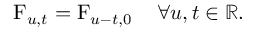
\operatorname { F } _ { u , t } = \operatorname { F } _ { u - t , 0 } \quad \forall u , t \in \mathbb { R } .